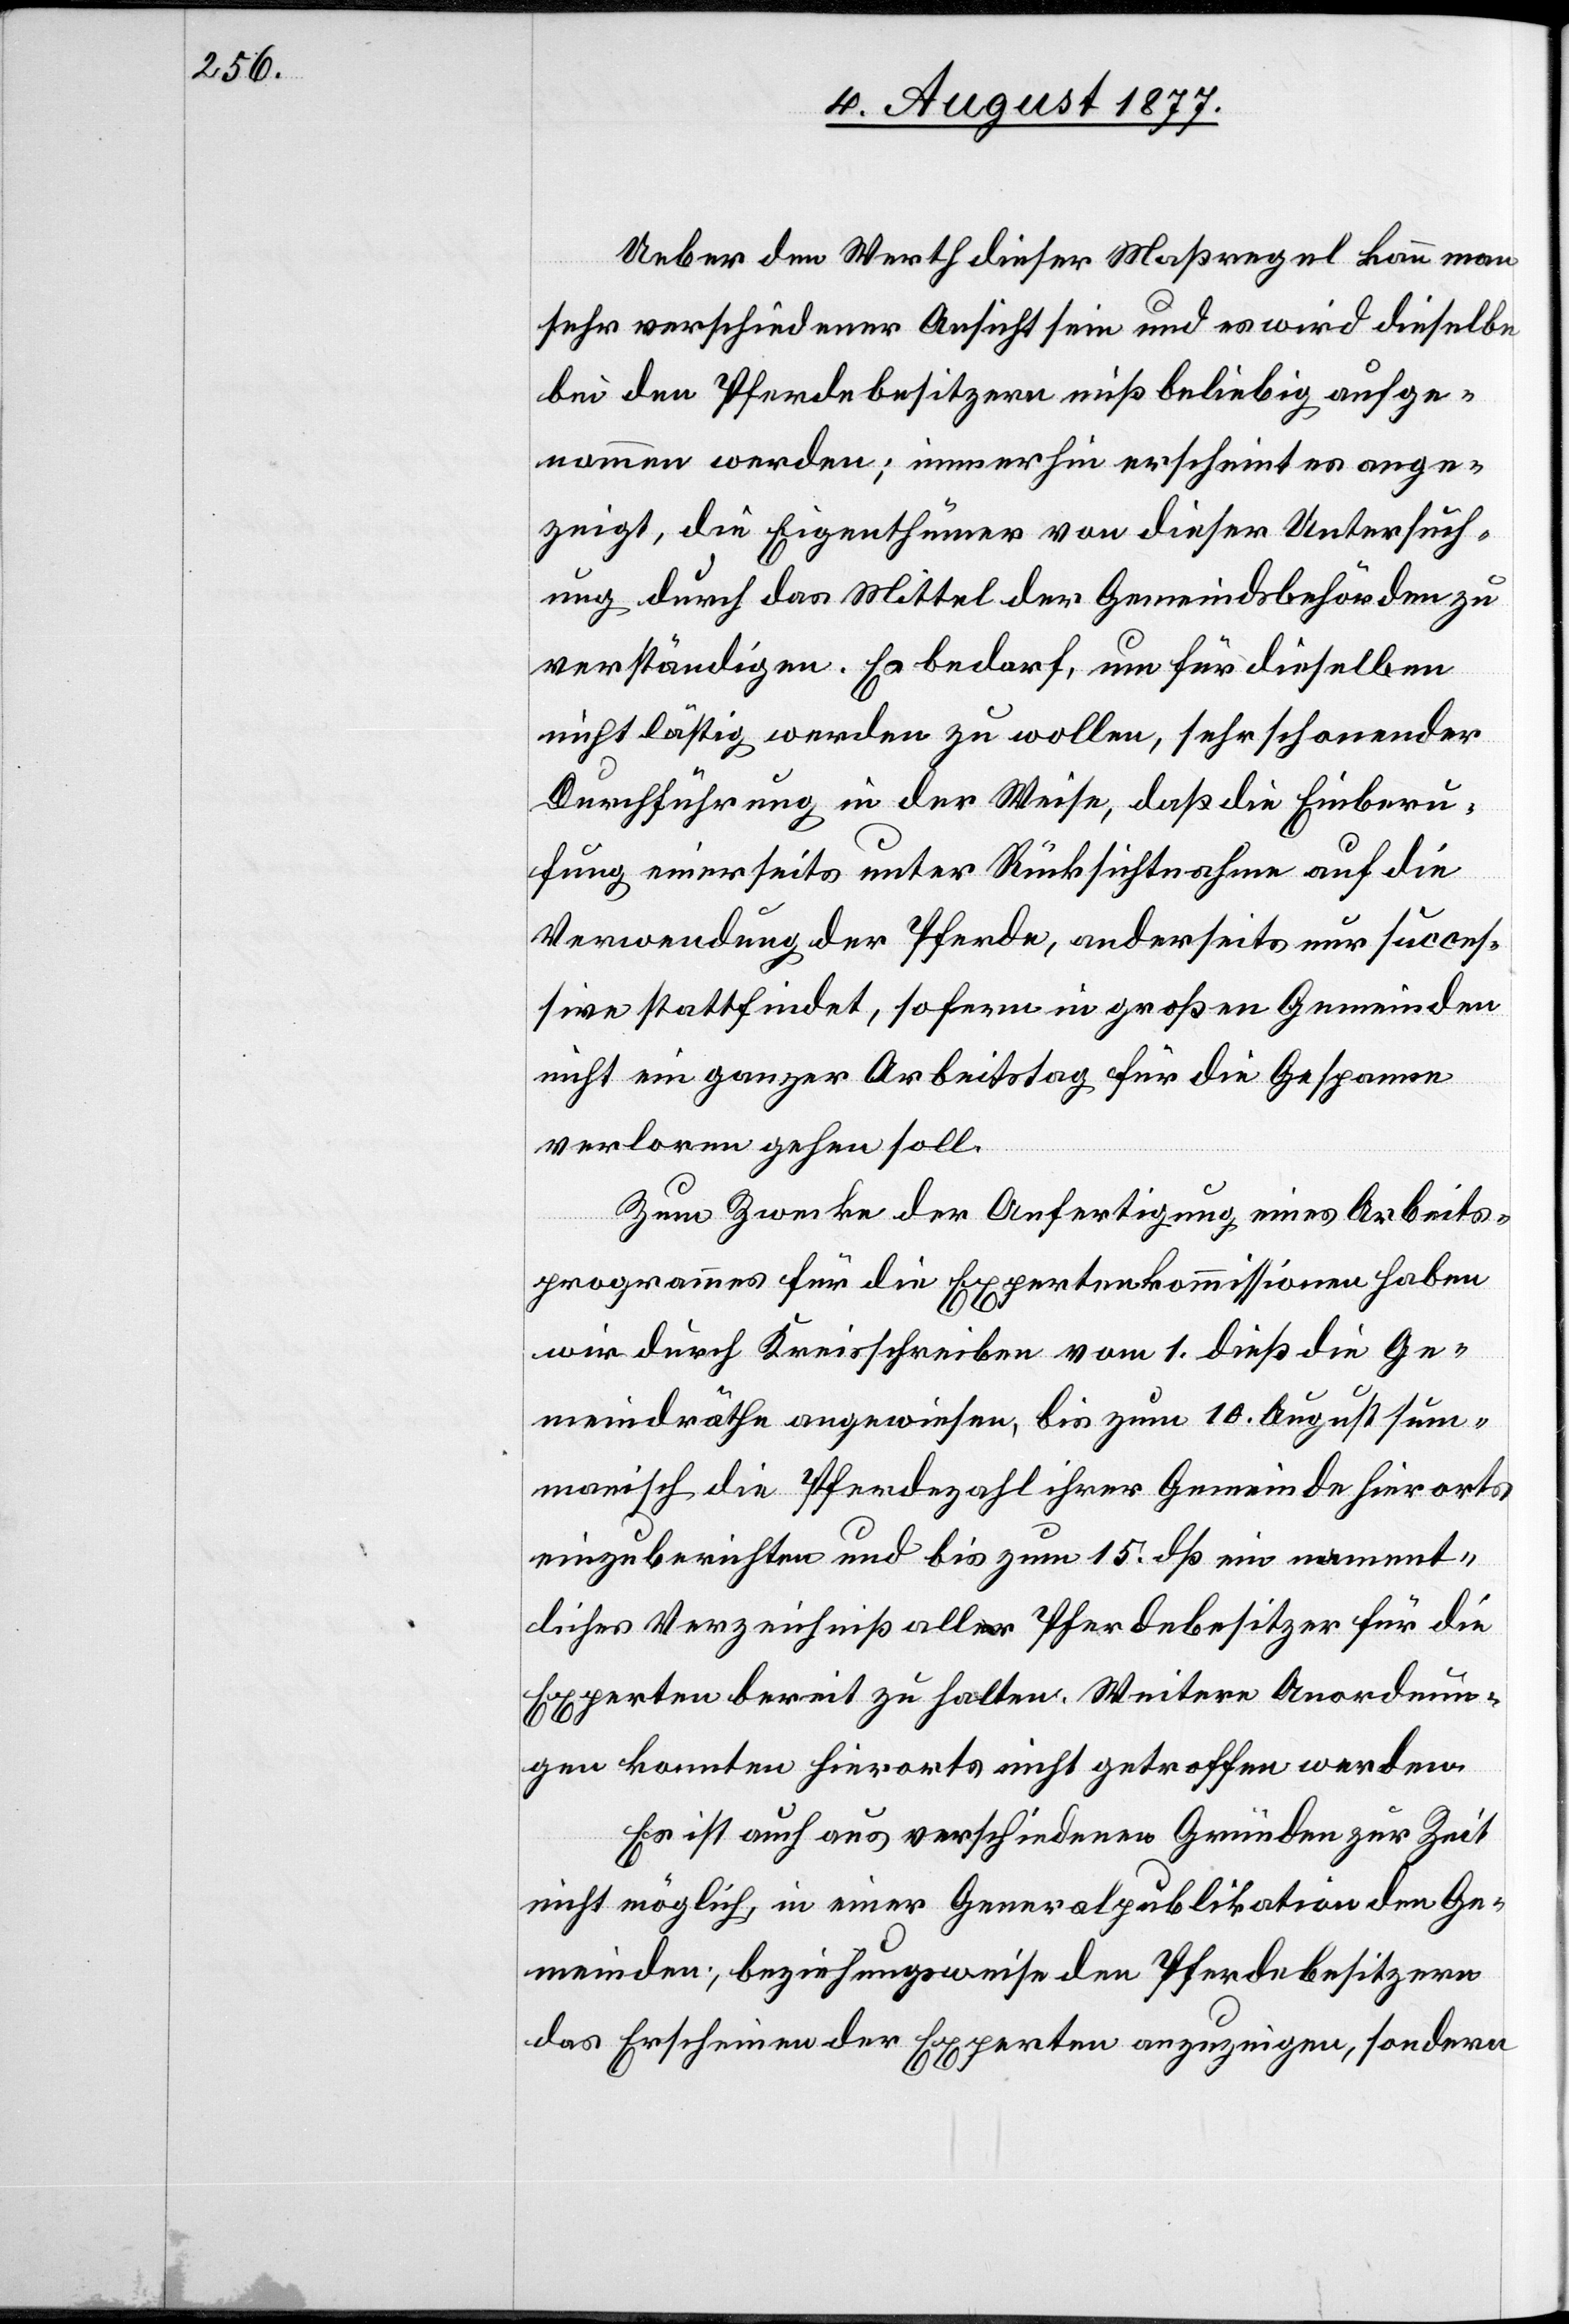
Ueber den Werth dieser Maßregel kann man
sehr verschiedener Ansicht sein und es wird dieselbe
bei den Pferdebesitzern mißbeliebig aufge¬
nommen werden; immerhin erscheint es ange¬
zeigt, die Eigenthümer von dieser Untersuch¬
ung durch das Mittel der Gemeindsbehörden zu
verständigen. Es bedarf, um für dieselben
nicht lästig werden zu wollen, sehr schonender
Durchführung in der Weise, daß die Einberu¬
fung einerseits unter Rücksichtnahme auf die
Verwendung der Pferde, anderseits nur succes¬
sive stattfindet, sofern in großen Gemeinden
nicht ein ganzer Arbeitstag für die Gespanne
verloren gehen soll.
Zum Zwecke der Anfertigung eines Arbeits¬
programmes für die Expertenkommissionen haben
wir durch Kreisschreiben vom 1. dieß die Ge¬
meindräthe angewiesen, bis zum 10. August sum¬
marisch die Pferdezahl ihrer Gemeinde hierorts
einzuberichten und bis zum 15. dß. ein nament¬
liches Verzeichniß aller Pferdebesitzer für die
Experten bereit zu halten. Weitere Anordnun¬
gen konnten hierorts nicht getroffen werden.
Es ist auch aus verschiedenen Gründen zur Zeit
nicht möglich, in einer Generalpublikation den Ge¬
meinden, beziehungsweise den Pferdebesitzern
das Erscheinen der Experten anzuzeigen, sondern